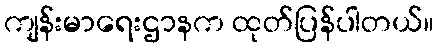
ကျန်းမာရေးဌာနက ထုတ်ပြန်ပါတယ်။